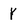
Character: Y